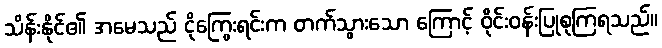
သိန်းနိုင်၏ အမေသည် ငိုကြွေးရင်းက တက်သွားသော ကြောင့် ဝိုင်းဝန်းပြုစုကြရသည်။